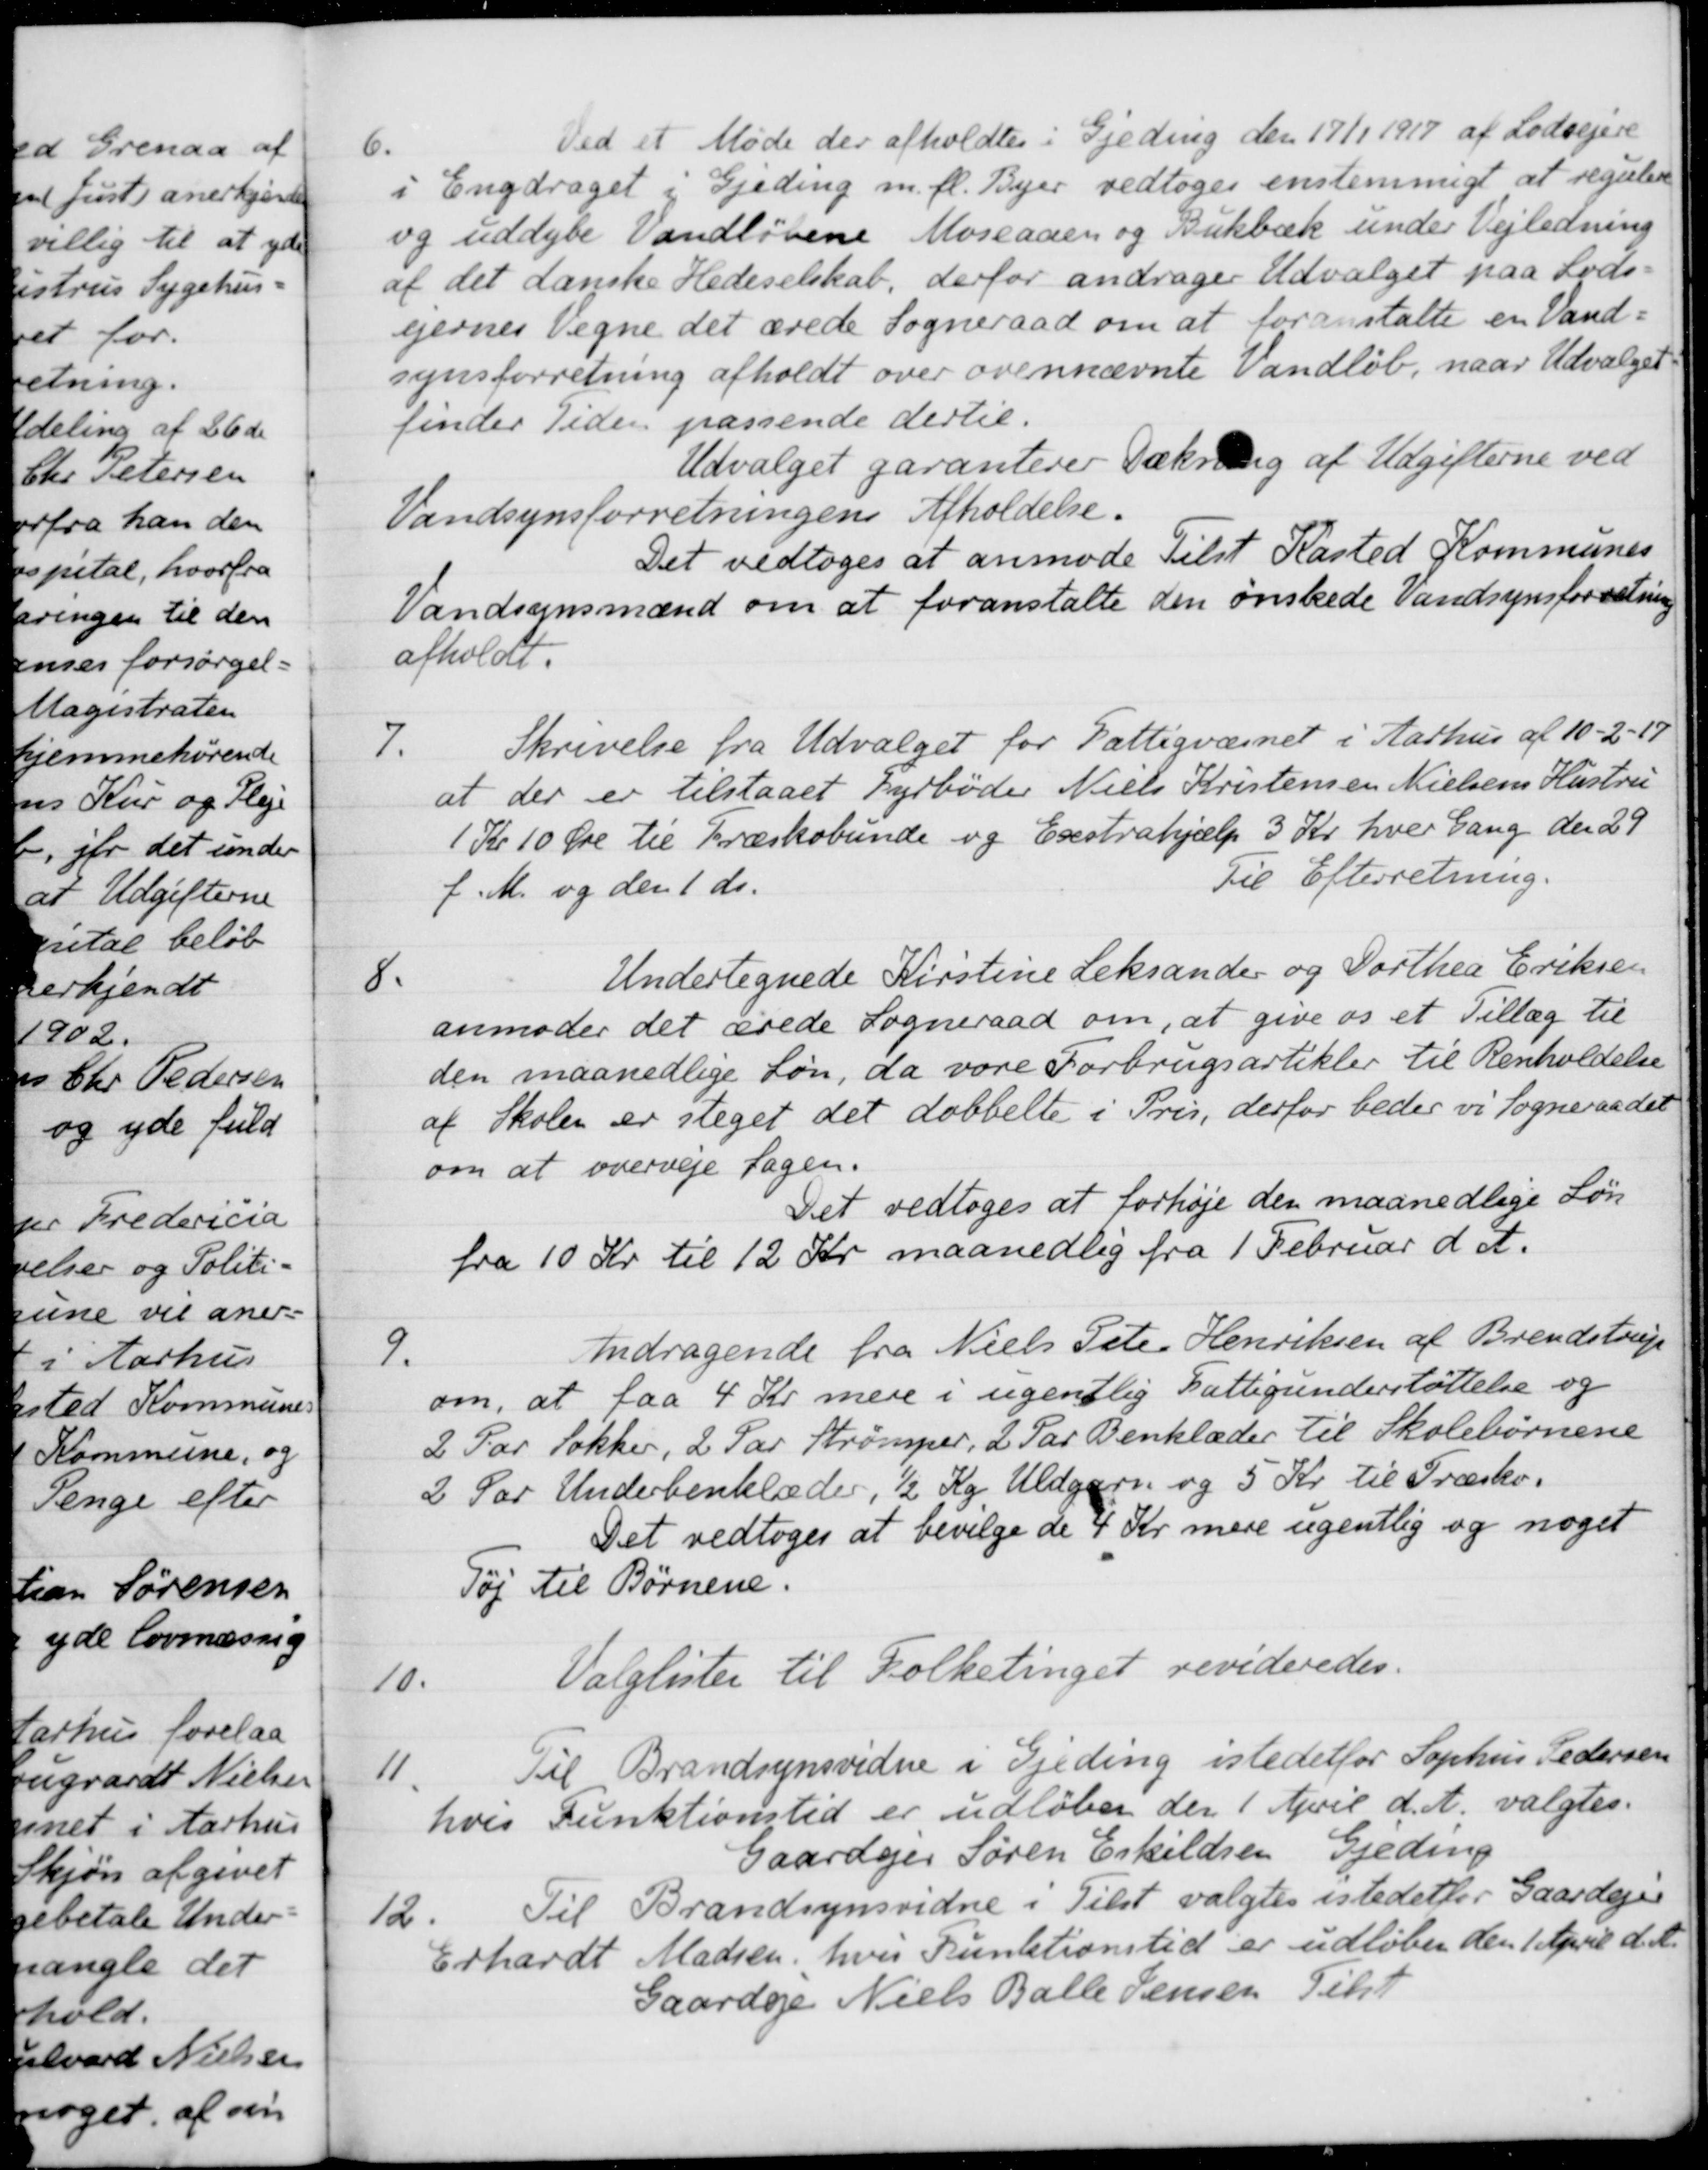
Transskription:
6.
Ved et Møde der afholdtes i Gjeding den 17/1 1917 af Lodsejere
i Engdraget i Gjeding m. fl. Byer vedtoges enstemmigt at regulere
og uddybe Vandløbene Moseaaen og Bukbæk under Vejledning
af det danske Hedeselskab, derfor andrager Udvalget paa Lods-
ejernes Vegne det ærede Sogneraad om at foranstalte en Vand-
synsforretning afholdt over ovennævnte Vandløb, naar Udvalget
finder Tiden passende dertil.
Udvalget garanterer Dækning af Udgifterne ved
Vandsynsforretningens Afholdelse.
Det vedtoges at anmode Tilst Kasted Kommunes
Vandsynsmænd om at foranstalte den ønskede Vandsynsforretning
afholdt.
7.
Skrivelse fra Udvalget for Fattigvæsnet i Aarhus af 10-2-17
at der er tilstaaet Fyrbøder Niels Kristensen Nielsens Hustru
1 Kr 10 Øre til Træskobunde og Exstrahjælp 3 Kr. hver Gang den 29
f. M. og den 1 ds.
Til Efterretning.
8.
Undertegnede Kirstine Leksander og Dorthea Eriksen
anmoder det ærede Sogneraad om, at give os et Tillæg til
den maanedlige Løn, da vore Forbrugsartikler til Renholdelse
af Skolen er steget det dobbelte i Pris, derfor beder vi Sogneraadet
om at overveje Sagen.
Det vedtoges at forhøje den maanedlige Løn
fra 10 Kr til 12 Kr maanedlig fra 1 Februar d. A.
9.
Andragende fra Niels Peter Henriksen af Brendstrup
om, at faa 4 Kr mere i ugentlig Fattigunderstøttelse og
2 Par Sokker, 2 Par Strømper, 2 Par Benklæder til Skolebørnene
2 Par Underbenklæder, ½ Kg. Uldgarn og 5 Kr. til Træsko.
Det vedtoges at bevilge de 4 Kr. mere ugentlig og noget
Tøj til Børnene.
10.
Valglister til Folketinget revideredes.
11.
Til Brandsynsvidne i Gjeding istedetfor Sophus Pedersen
hvis Funktionstid er udløber den 1 April d. A. valgtes.
Gaardejer Søren Eskildsen Gjeding
12.
Til Brandsynsvidne i Tilst valgtes istedetfor Gaardejer
Erhardt Madsen, hvis Funktionstid er udløber den 1 April d. A.
Gaardeje Niels Balle Jensen Tilst